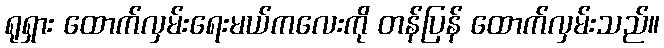
ရုရှား ထောက်လှမ်းရေးမယ်ကလေးကို တန်ပြန် ထောက်လှမ်းသည်။